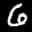
Label: 6